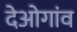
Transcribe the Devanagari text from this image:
देओगांव